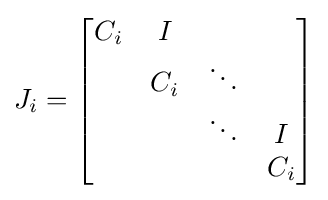
J_{i}={\begin{bmatrix}C_{i}&I&&\\&C_{i}&\ddots &\\&&\ddots &I\\&&&C_{i}\end{bmatrix}}